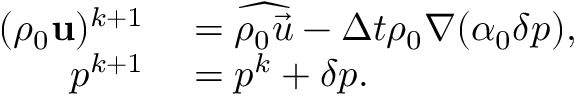
\begin{array} { r l } { ( \rho _ { 0 } \mathbf { u } ) ^ { k + 1 } } & { { } = \widehat { \rho _ { 0 } \vec { u } } - \Delta t \rho _ { 0 } \nabla ( \alpha _ { 0 } \delta p ) , } \\ { p ^ { k + 1 } } & { { } = p ^ { k } + \delta p . } \end{array}